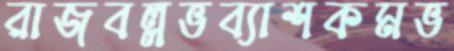
রাজবল্লভব্যাশকমভ